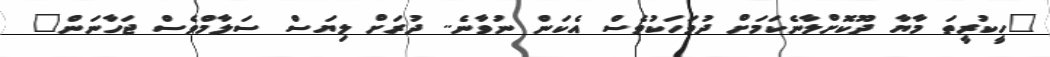
"ހީކުރީތަ މާޔާ ދޫކޮށްލާނެކަމަށް ދުވަހަކުވެސް އެކަން ނުވާނެ.. ދުރަށް ލިޔަސް ސަލާމްވެސް ޖަހާނަން"